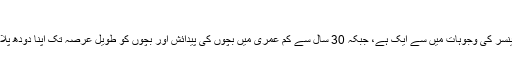
مزید پڑھیں: کینسر پیدا کرنے والی 5 عادات
ماہرین کا کہنا ہے کہ غیر متحرک طرز زندگی گزارنا بھی کینسر کی وجوہات میں سے ایک ہے، جبکہ 30 سال سے کم عمری میں بچوں کی پیدائش اور بچوں کو طویل عرصہ تک اپنا دودھ پلا کر خواتین بریسٹ کینسر کے خطرے میں کمی کر سکتی ہیں۔